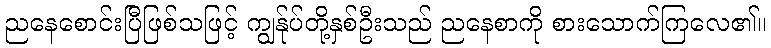
ညနေစောင်းပြီဖြစ်သဖြင့် ကျွန်ုပ်တို့နှစ်ဦးသည် ညနေစာကို စားသောက်ကြလေ၏။